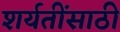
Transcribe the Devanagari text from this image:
शर्यतींसाठी